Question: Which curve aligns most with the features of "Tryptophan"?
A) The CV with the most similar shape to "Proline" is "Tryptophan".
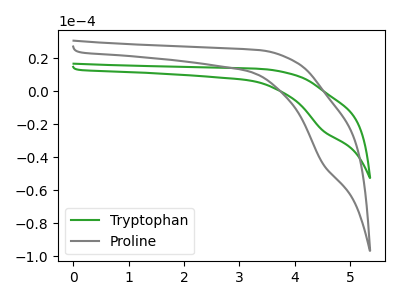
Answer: <think>The green curve "Tryptophan" has a cathodic peak at: (4.50V, -23.95uA). The gray curve "Proline" has a cathodic peak at: (4.50V, -44.05uA).
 All the peaks in "Tryptophan" have a peak in "Proline" at the same potential. Every peak in "Tryptophan" is lower than every peak in "Proline".</think>
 <answer>A) The CV with the most similar shape to "Proline" is "Tryptophan".</answer>
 <eval>A</eval>